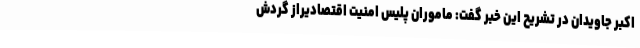
اکبر جاویدان در تشریح این خبر گفت: ماموران پلیس امنیت اقتصادیراز گردش